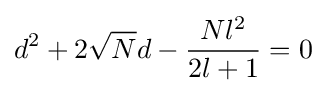
d^{2}+2{\sqrt {N}}d-{\frac {Nl^{2}}{2l+1}}=0